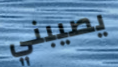
يصيبني